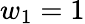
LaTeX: w_{1}=1